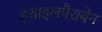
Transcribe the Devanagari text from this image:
इथाइलपैराबेन